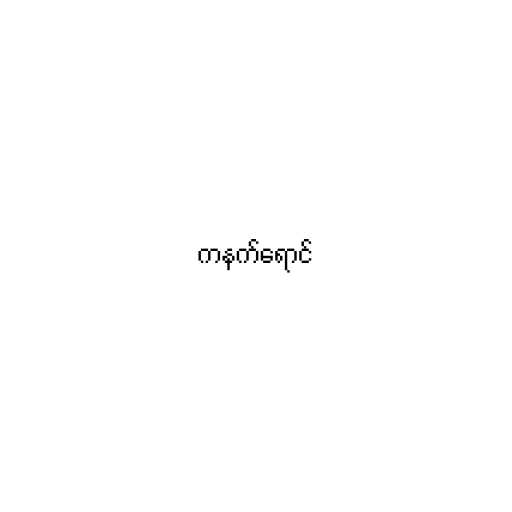
ကနက်ရောင်